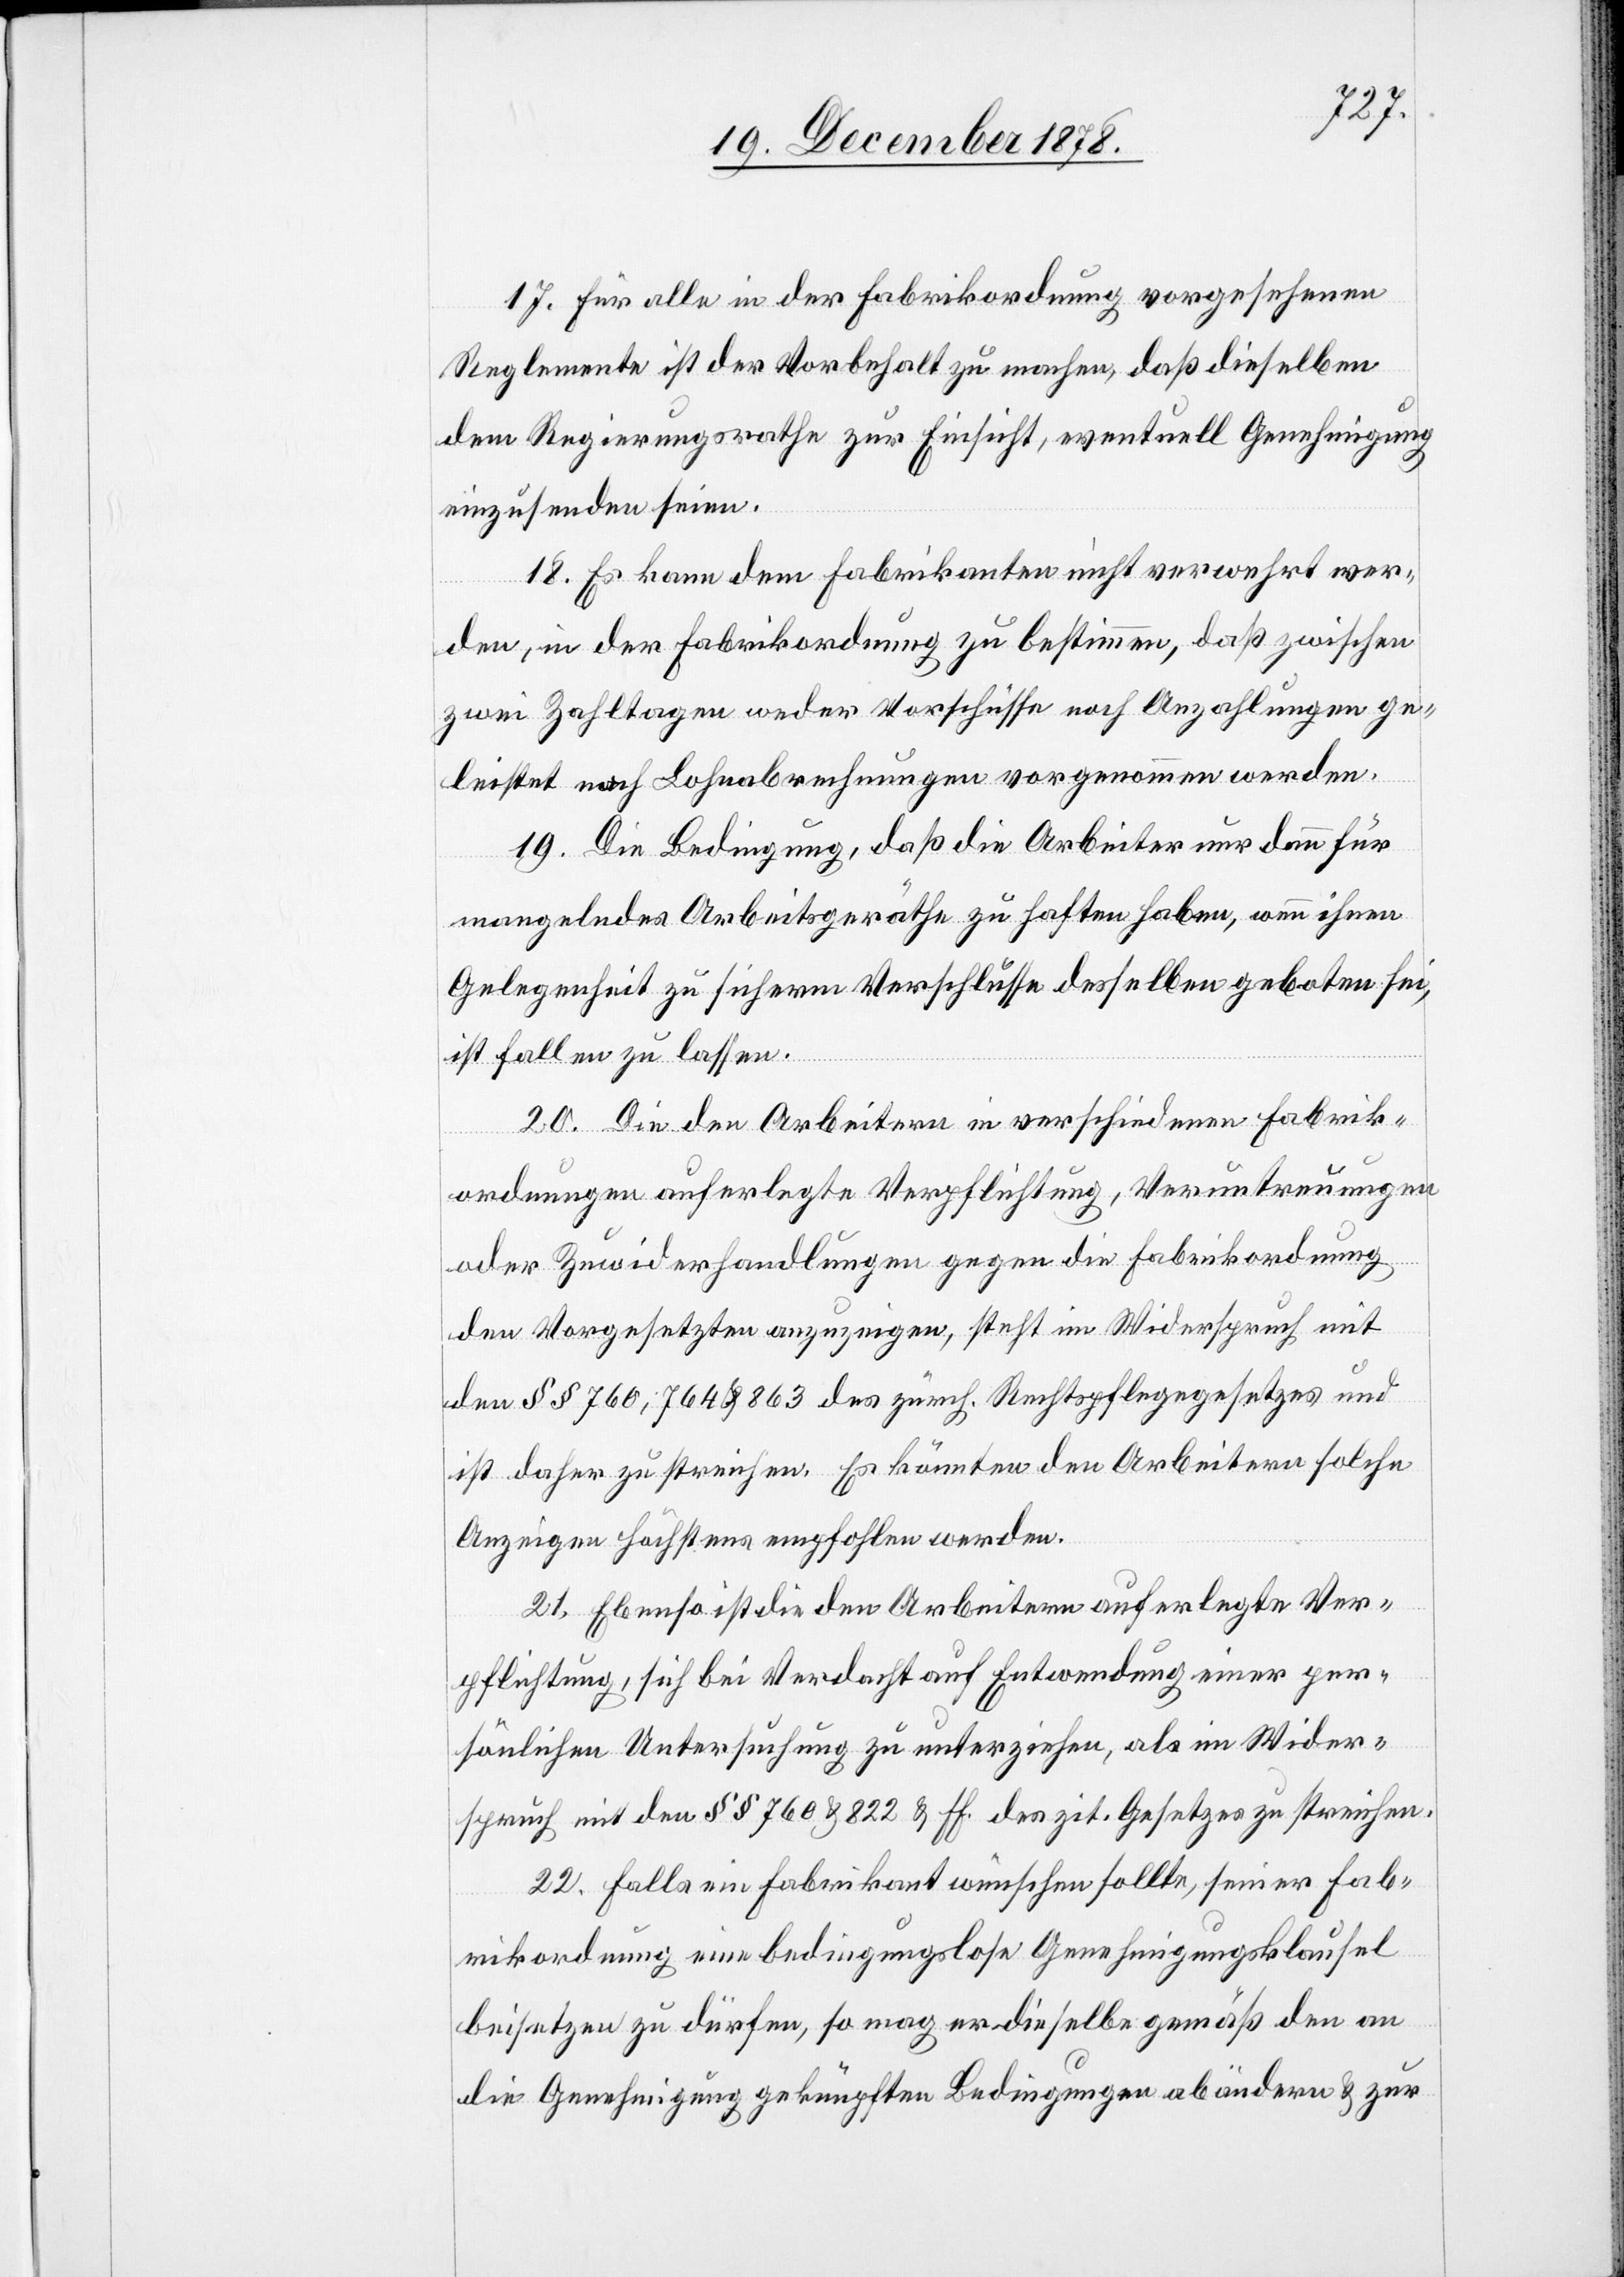
17. Für alle in der Fabrikordnung vorgesehenen
Reglemente ist der Vorbehalt zu machen, daß dieselben
dem Regierungsrathe zur Einsicht, eventuell Genehmigung
einzusenden seien.
18. Es kann dem Fabrikanten nicht verwehrt wer¬
den, in der Fabrikordnung zu bestimmen, daß zwischen
zwei Zahltagen weder Vorschüsse nach Anzahlungen ge¬
leistet noch Lohnabrechnungen vorgenommen werden.
19. Die Bedingung, daß die Arbeiter nur dann für
mangelndes Arbeitsgeräthe zu haften haben, wenn ihnen
Gelegenheit zu sicherm Verschlusse desselben geboten sei,
ist fallen zu lassen.
mit
20. Die den Arbeitern in verschiedenen Fabrik¬
ordnungen auferlegte Verpflichtung, Veruntreuungen
oder Zuwiderhandlungen anzuzeigen, steht im Widerspruch
den §§ 760, 764 & 863 des zürch. Rechtspflegegesetzes und
ist daher zu streichen. Es könnten den Arbeitern solche
Anzeigen höchstens empfohlen werden.
21. Ebenso ist die den Arbeitern auferlegte Ver¬
pflichtung, sich bei Verdacht auf Entwendung einer per¬
sönlichen Untersuchung zu unterziehen, als im Wider¬
spruch mit den §§ 760 & 822 & ff. des zit. Gesetzes zu streichen.
22. Falls ein Fabrikant wünschen sollte, seiner Fab¬
rikordnung eine bedingungslose Genehmigungsklause
beisetzen zu dürfen, so mag er dieselbe gemäß den an
die Genehmigung geknüpften Bedingungen abändern & zur